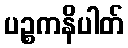
ပဉ္စကနိပါတ်